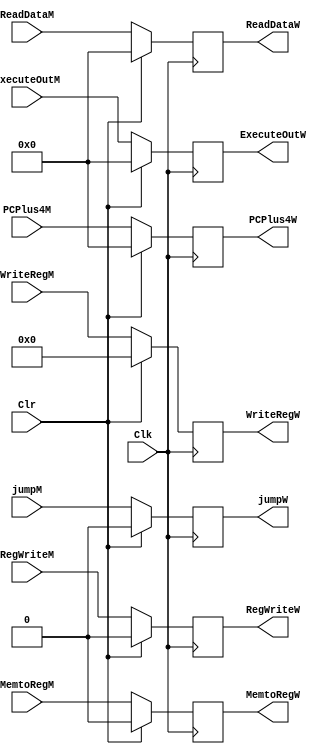
// pipeline register between memory and writeback
module MWReg
(
    // control signals to forward
    input RegWriteM,
    output reg RegWriteW,
    input MemtoRegM,
    output reg MemtoRegW,

    // datapath signals to forward
    input [31:0] ReadDataM, // data to write to from memory stage (lw)
    output reg [31:0] ReadDataW, // data to write to writeback stage (lw)
    input [31:0] ExecuteOutM, // ALU/Mult Result from memory stage
    output reg [31:0] ExecuteOutW, // ALU/Mult Result to writeback stage
    input [4:0] WriteRegM, // destination reg from memory stage
    output reg [4:0] WriteRegW, // destination register to writeback stage

    input jumpM,
    output reg jumpW,
    input [31:0] PCPlus4M,
    output reg [31:0] PCPlus4W,

    input Clk,// clock
    input Clr // clear
);


always @(posedge Clk)
begin
    if(Clr)
    begin
        RegWriteW <= 0;
	MemtoRegW <= 0;
        ReadDataW <= 32'h0;
        ExecuteOutW <= 32'h0;
        WriteRegW <= 5'h0;
	jumpW <= 0;
	PCPlus4W <= 32'h0;
    end
    else
    begin
        RegWriteW <= RegWriteM;
        MemtoRegW <= MemtoRegM;

        jumpW <= jumpM;
        PCPlus4W <= PCPlus4M;

        // get the next input on the rising clock edge
        ReadDataW <= ReadDataM;
        ExecuteOutW <= ExecuteOutM;
        WriteRegW <= WriteRegM;
    end
end
endmodule